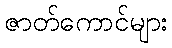
ဇာတ်ကောင်များ